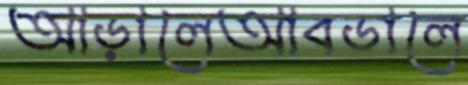
আড়ালেআবডালে